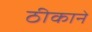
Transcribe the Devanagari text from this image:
ठीकाने